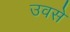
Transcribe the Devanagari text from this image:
उवसे